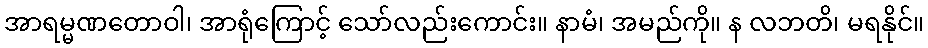
အာရမ္မဏတောဝါ၊ အာရုံကြောင့် သော်လည်းကောင်း။ နာမံ၊ အမည်ကို။ န လဘတိ၊ မရနိုင်။